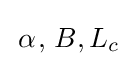
\,\alpha _{},\,B_{},L_{c}